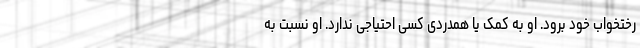
رختخواب خود برود. او به کمک یا همدردی کسی احتیاجی ندارد. او نسبت به